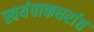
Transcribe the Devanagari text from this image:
स्वयंपाकघरांत